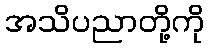
အသိပညာတို့ကို